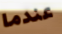
عندما